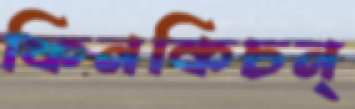
ফিনকিচন্